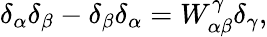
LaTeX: \delta_{\alpha}\delta_{\beta}-\delta_{\beta}\delta_{\alpha}=W_{\alpha\beta}^{\gamma}\delta_{\gamma},